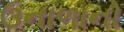
ઉનાળાનો